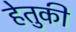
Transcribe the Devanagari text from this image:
हेतुकी